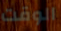
الوقت